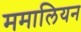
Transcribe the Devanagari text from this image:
ममालियन